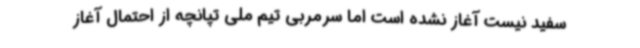
سفید نیست آغاز نشده است اما سرمربی تیم ملی تپانچه از احتمال آغاز